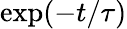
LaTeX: \exp(-t/\tau)